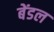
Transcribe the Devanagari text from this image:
बेंडल